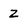
Character: Z